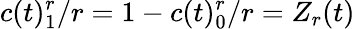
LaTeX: c(t)_{1}^{r}/r=1-c(t)_{0}^{r}/r=Z_{r}(t)